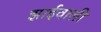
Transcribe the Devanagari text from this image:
झाईवाली